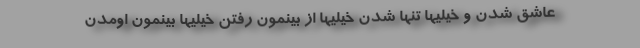
عاشق شدن و خیلیها تنها شدن خیلیها از بینمون رفتن خیلیها بینمون اومدن